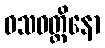
ဝသဝတ္တိနော